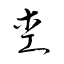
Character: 杢